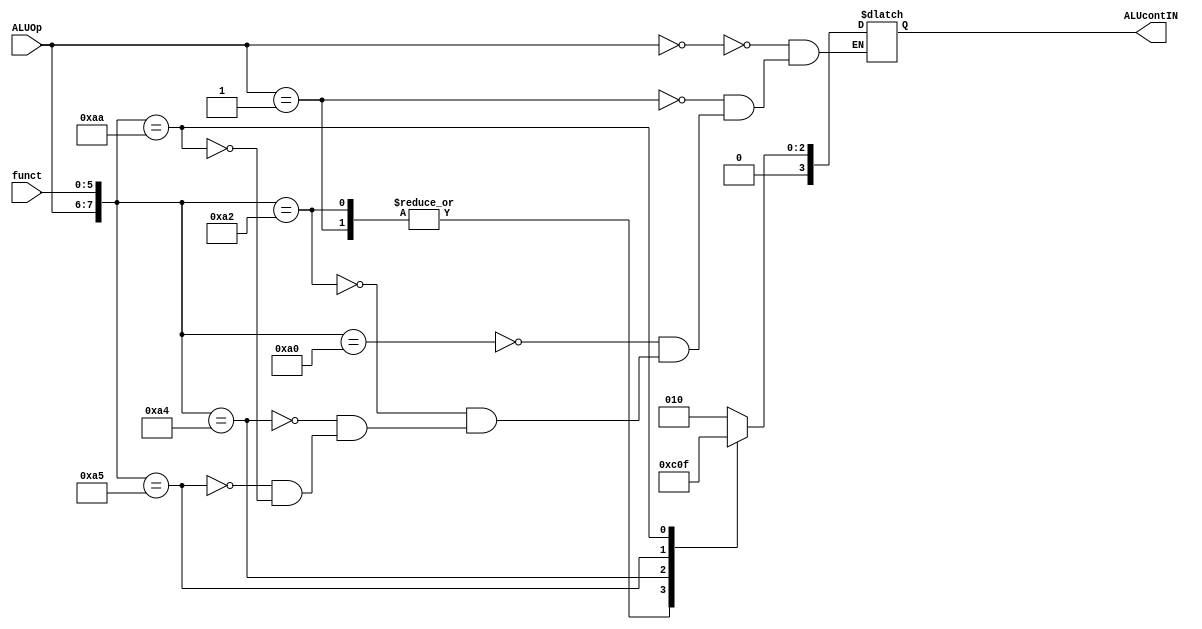
module alu_control(
	input [1:0]ALUOp,
	input [5:0]funct,
	output reg [3:0]ALUcontIN
    );

always@(ALUOp,funct)
begin
	casex({ALUOp,funct})
		8'b00xxxxxx: ALUcontIN = 4'b0010; /*lw-sw*/
		8'b01xxxxxx: ALUcontIN = 4'b0110; /*beq*/
		8'b10100000: ALUcontIN = 4'b0010; /*R-type add*/
		8'b10100010: ALUcontIN = 4'b0110; /*R-type sub*/
		8'b10100100: ALUcontIN = 4'b0000; /*R-type and*/
		8'b10100101: ALUcontIN = 4'b0001; /*R-type or*/
		8'b10101010: ALUcontIN = 4'b0111; /*R-type slt*/
	endcase
end

endmodule